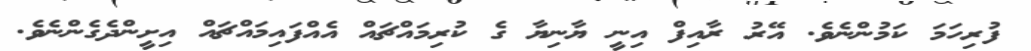
ފުރިހަމަ ކަމުންނެވެ. އޭރު ރާއިފް އިނީ ޔާނިޔާ ގެ ކުރިމައްޗައް އެއްފައިމައްޗައް އިށީންދެގެންނެވެ.